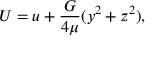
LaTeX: U = u + { \frac { G } { 4 \mu } } ( y ^ { 2 } + z ^ { 2 } ) ,